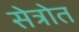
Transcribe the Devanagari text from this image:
सेत्रोत